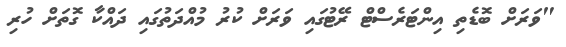
"ވަރަށް ބޮޑެތި އިންޓަރެސްޓް ރޭޓުގައި ވަރަށް ކުރު މުއްދަތުގައި ދައްކާ ގޮތަށް ހުރި